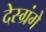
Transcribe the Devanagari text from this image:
देस्ग्रंगे